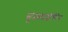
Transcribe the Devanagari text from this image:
सूक्ष्मदर्शकीय